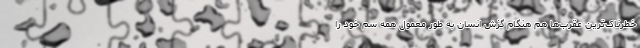
خطرناک‌ترین عقرب‌ها هم هنگام گزش انسان به طور معمول همه سم خود را